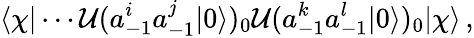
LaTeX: \langle\chi|\cdots\mathcal{U}(a_{-1}^{i}a_{-1}^{j}|0\rangle)_{0}\mathcal{U}(a_{-1}^{k}a_{-1}^{l}|0\rangle)_{0}|\chi\rangle\, ,